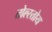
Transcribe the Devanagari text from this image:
तोल्स्तोय